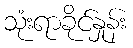
သုံးရာခိုင်နှုန်း